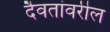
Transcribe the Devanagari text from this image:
दैवतांवरील